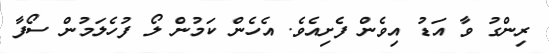
ރިންގު ވާ އަޑު އިވެން ފެށިއެވެ. އެހެން ކަމުން ލޯ ފުހެލަމުން ސޯފާ